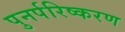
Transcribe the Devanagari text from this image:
पुनर्परिष्करण